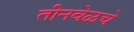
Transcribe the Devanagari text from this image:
तीनवेळचे